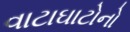
વાટાઘાટોનો